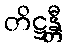
တိဋ္ဌန္တီ